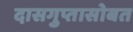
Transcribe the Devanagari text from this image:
दासगुप्तासोबत